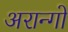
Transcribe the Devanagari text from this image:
अरान्गो